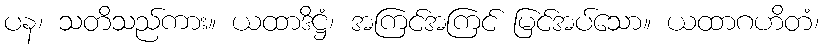
ပန၊ သတိသည်ကား။ ယထာဒိဋ္ဌံ၊ အကြင်အကြင် မြင်အပ်သော။ ယထာဂဟိတံ၊